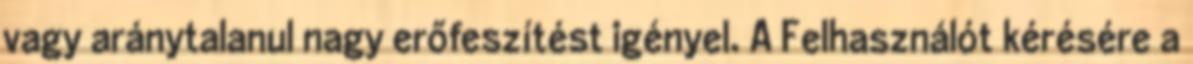
vagy aránytalanul nagy erőfeszítést igényel. A Felhasználót kérésére a